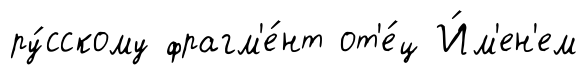
ру́сскому фрагм'е́нт от'е́ц И́м'ен'ем